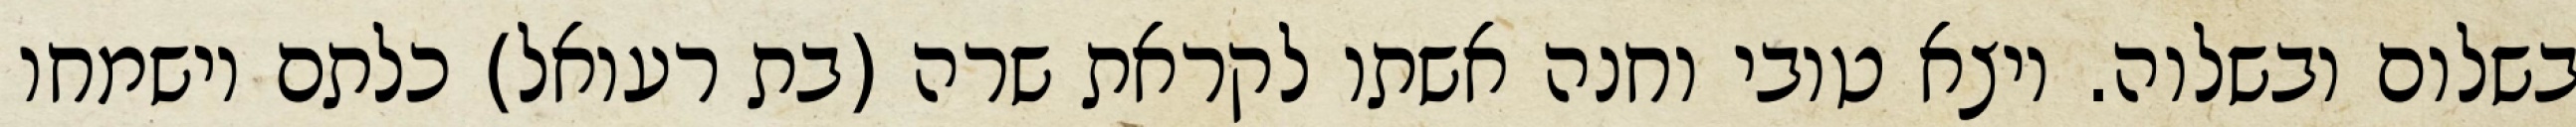
בשלום ובשלוה. ויצא טובי וחנה אשתו לקראת שרה (בת רעואל) כלתם וישמחו